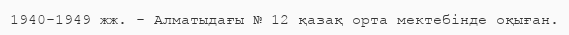
1940-1949 жж. - Алматыдағы № 12 қазақ орта мектебінде оқыған.